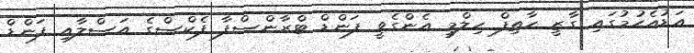
އަޑުއެހުމުގައި ގާޒީ ހާތިފް ހިލްމީ އެންގެވީ ފަންޑް ޓްރާންސްފާ ފެކްސްގެ އަސްލާއި ފަންޑް